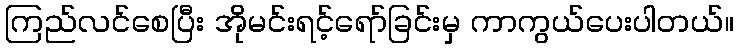
ကြည်လင်စေပြီး အိုမင်းရင့်ရော်ခြင်းမှ ကာကွယ်ပေးပါတယ်။